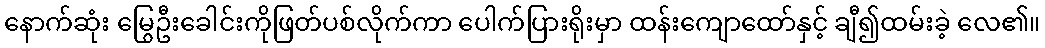
နောက်ဆုံး မြွေဦးခေါင်းကိုဖြတ်ပစ်လိုက်ကာ ပေါက်ပြားရိုးမှာ ထန်းကျောထော်နှင့် ချီ၍ထမ်းခဲ့ လေ၏။